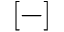
[ - ]